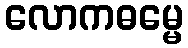
လောကဓမ္မေ